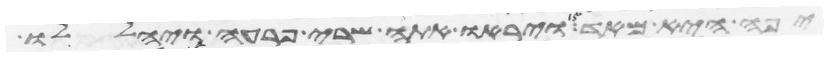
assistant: יפה היא מאד ויראו אתה שרי פרעה ויהללו